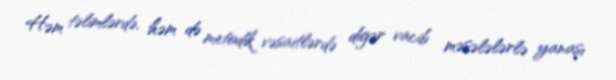
Həm təlimlərdə, həm də metodik vəsaitlərdə digər vacib məsələlərlə yanaşı